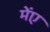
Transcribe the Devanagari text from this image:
मेंए